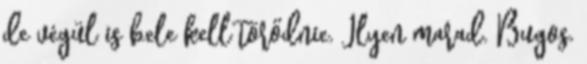
de végül is bele kell törődnie. Ilyen marad. Bugos.